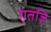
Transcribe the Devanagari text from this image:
एतज़ि